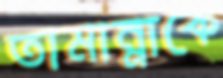
তামান্নাকে